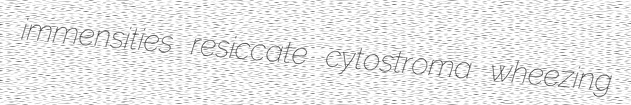
immensities resiccate cytostroma wheezing